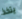
يتخذ